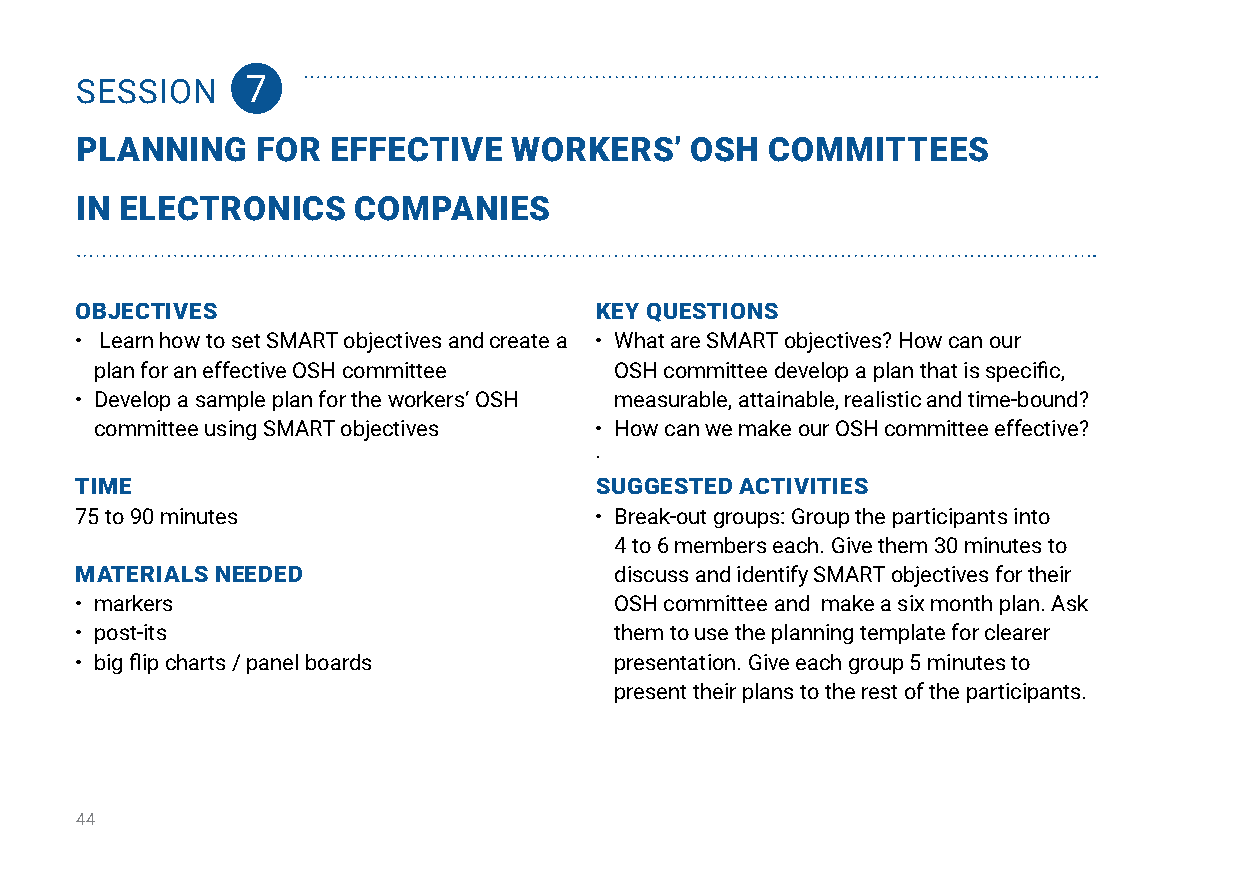
SESSION    7
 planning    for  effeCtive   WorkerS’    oSH  CommitteeS
 in eleCtroniCS    CompanieS
 oBjeCtiveS                        key queStionS
 • Learn how to set SMART objectives and create a • What are SMART objectives? How can our
 plan for an effective OSH committee OSH committee develop a plan that is specific,
 • Develop a sample plan for the workers’ OSH measurable, attainable, realistic and time-bound?
 committee using SMART objectives • How can we make our OSH committee effective?
 ·
 time                              SuggeSted aCtivitieS
 75 to 90 minutes                  • Break-out groups: Group the participants into
 4 to 6 members each. Give them 30 minutes to
 materialS needed                    discuss and identify SMART objectives for their
 • markers                           OSH committee and make a six month plan. Ask
 • post-its                          them to use the planning template for clearer
 • big flip charts / panel boards    presentation. Give each group 5 minutes to
 present their plans to the rest of the participants.
 44